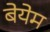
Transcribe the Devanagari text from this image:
बेयेम